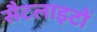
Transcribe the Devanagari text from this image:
सैटलाइटों